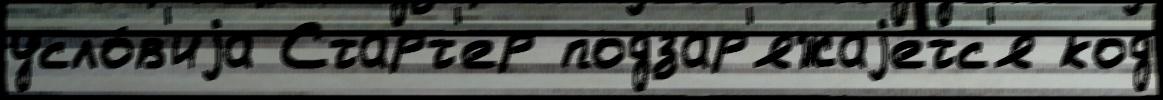
усло́в'иjа Старт'ер подзар'яжаjетс'я код